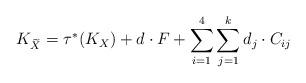
LaTeX: \begin{align*} K_{\widetilde{X}}= \tau^\ast(K_X)+ d \cdot F+ \sum_{i=1}^4 \sum_{j=1}^k d_j \cdot C_{ij}\end{align*}